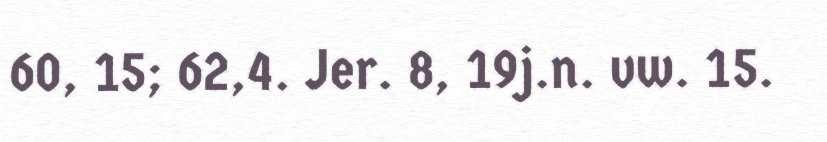
60, 15; 62,4. Jer. 8, 19j.n. vw. 15.